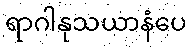
ရာဂါနုသယာနံပေ